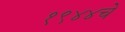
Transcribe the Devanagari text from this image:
१९४४चे